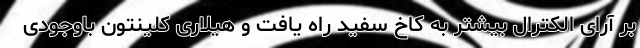
بر آرای الکترال بیشتر به کاخ سفید راه یافت و هیلاری کلینتون باوجودی